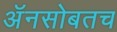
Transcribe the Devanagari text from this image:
अॅनसोबतच